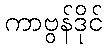
ကာဗွန်ဒိုင်